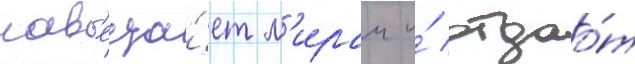
нав'еща́ет м'ираи и́ отдао́т